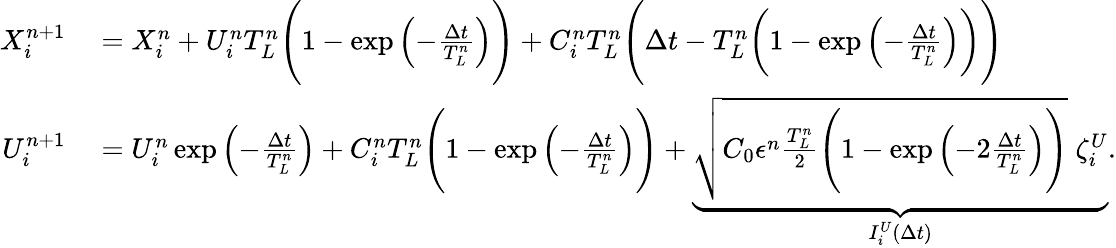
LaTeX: \begin{array}{rl}{X_{i}^{n+1}}&{{}=X_{i}^{n}+U_{i}^{n}T_{L}^{n}\Bigg(1-\exp\left(-\frac{\Delta t}{T_{L}^{n}}\right)\Bigg)+C_{i}^{n}T_{L}^{n}\Bigg(\Delta t-T_{L}^{n}\bigg(1-\exp\left(-\frac{\Delta t}{T_{L}^{n}}\right)\bigg)\Bigg)}\\ {U_{i}^{n+1}}&{{}=U_{i}^{n}\exp\left(-\frac{\Delta t}{T_{L}^{n}}\right)+C_{i}^{n}T_{L}^{n}\Bigg(1-\exp\left(-\frac{\Delta t}{T_{L}^{n}}\right)\Bigg)+\underbrace{\sqrt{C_{0}\epsilon^{n}\frac{T_{L}^{n}}{2}\Bigg(1-\exp\left(-2\frac{\Delta t}{T_{L}^{n}}\right)\Bigg)}\; \zeta_{i}^{U}}_{I_{i}^{U}(\Delta t)}.}\end{array}